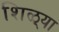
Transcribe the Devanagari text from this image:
शिळ्या